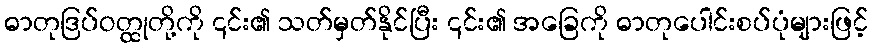
ဓာတုဒြပ်ဝတ္ထုတို့ကို ၎င်း၏ သတ်မှတ်နိုင်ပြီး ၎င်း၏ အခြေကို ဓာတုပေါင်းစပ်ပုံများဖြင့်